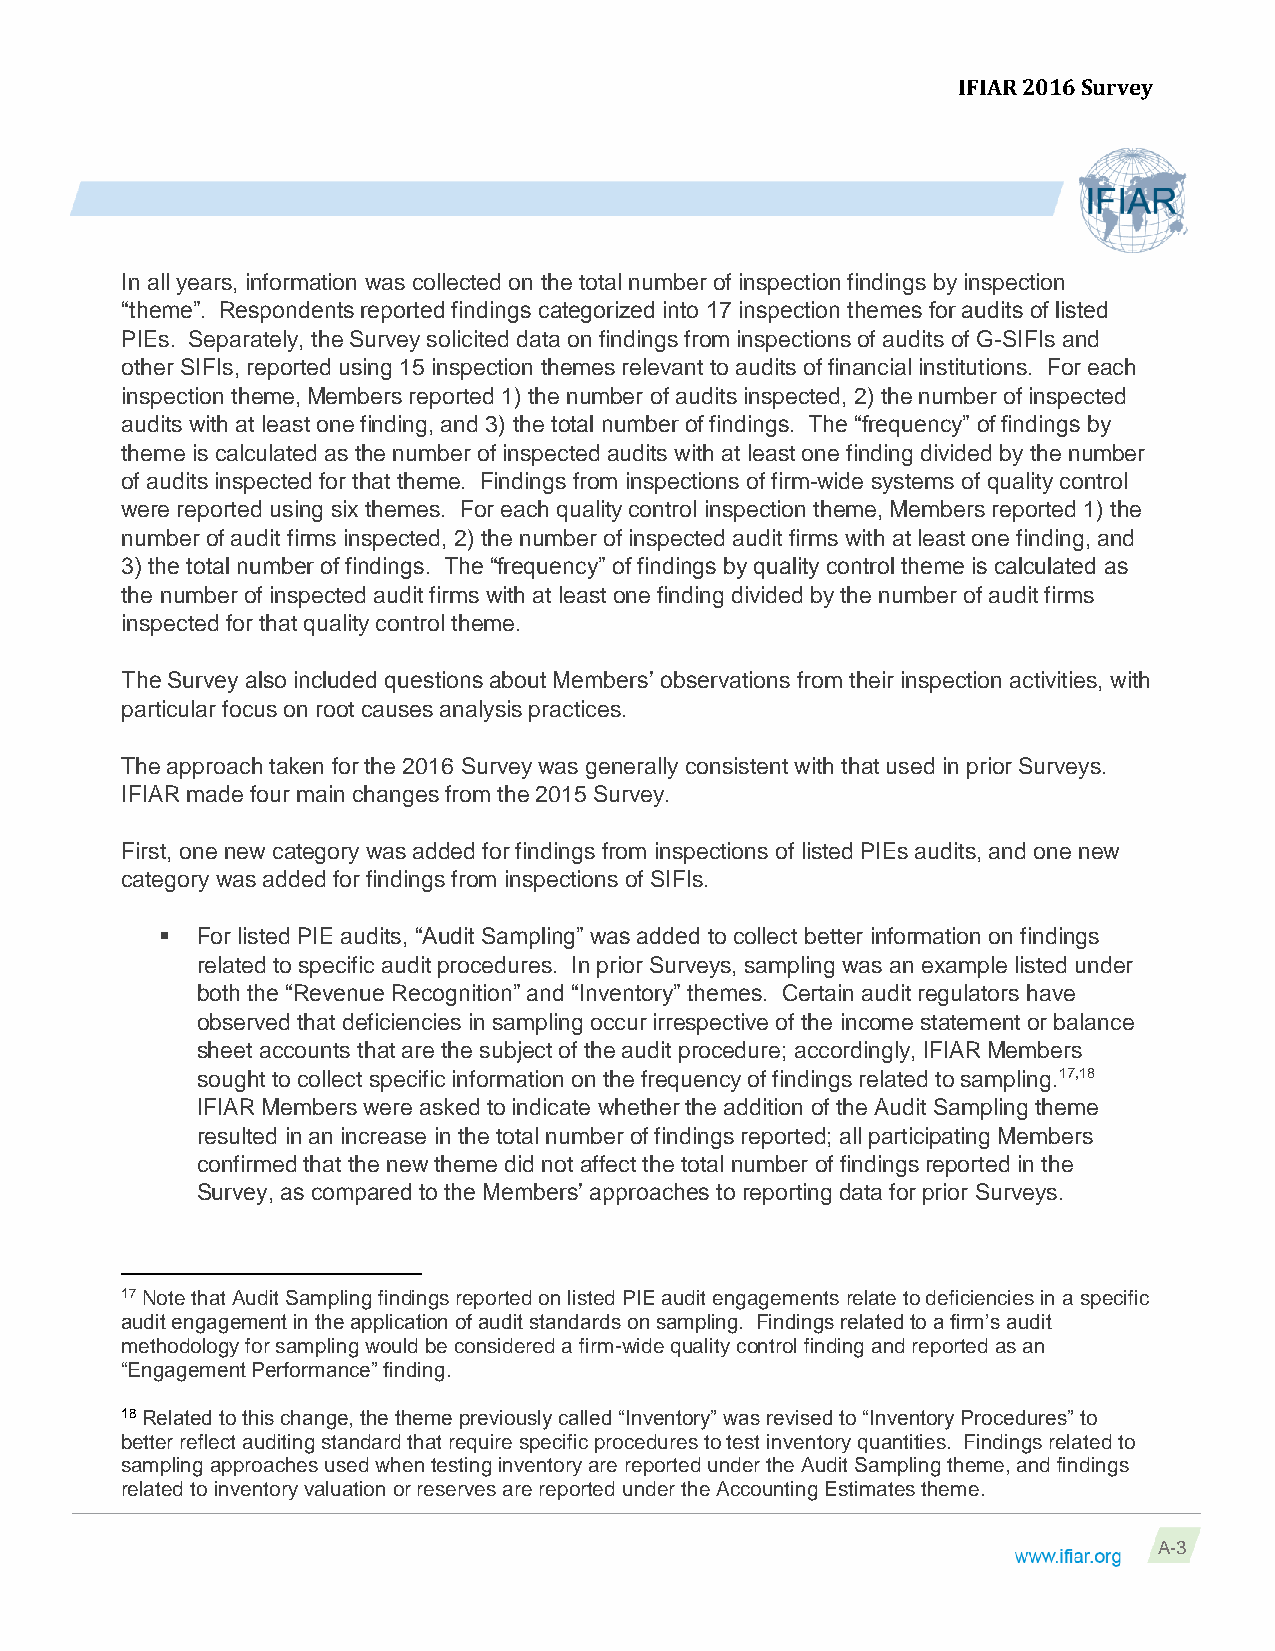
IFIAR 2016 Survey
 In all years, information was collected on the total number of inspection findings by inspection
 “theme”. Respondents reported findings categorized into 17 inspection themes for audits of listed
 PIEs. Separately, the Survey solicited data on findings from inspections of audits of G-SIFIs and
 other SIFIs, reported using 15 inspection themes relevant to audits of financial institutions. For each
 inspection theme, Members reported 1) the number of audits inspected, 2) the number of inspected
 audits with at least one finding, and 3) the total number of findings. The “frequency” of findings by
 theme is calculated as the number of inspected audits with at least one finding divided by the number
 of audits inspected for that theme. Findings from inspections of firm-wide systems of quality control
 were reported using six themes. For each quality control inspection theme, Members reported 1) the
 number of audit firms inspected, 2) the number of inspected audit firms with at least one finding, and
 3) the total number of findings. The “frequency” of findings by quality control theme is calculated as
 the number of inspected audit firms with at least one finding divided by the number of audit firms
 inspected for that quality control theme.
 The Survey also included questions about Members’ observations from their inspection activities, with
 particular focus on root causes analysis practices.
 The approach taken for the 2016 Survey was generally consistent with that used in prior Surveys.
 IFIAR made four main changes from the 2015 Survey.
 First, one new category was added for findings from inspections of listed PIEs audits, and one new
 category was added for findings from inspections of SIFIs.
  For listed PIE audits, “Audit Sampling” was added to collect better information on findings
 related to specific audit procedures. In prior Surveys, sampling was an example listed under
 both the “Revenue Recognition” and “Inventory” themes. Certain audit regulators have
 observed that deficiencies in sampling occur irrespective of the income statement or balance
 sheet accounts that are the subject of the audit procedure; accordingly, IFIAR Members
 sought to collect specific information on the frequency of findings related to sampling.17,18
 IFIAR Members were asked to indicate whether the addition of the Audit Sampling theme
 resulted in an increase in the total number of findings reported; all participating Members
 confirmed that the new theme did not affect the total number of findings reported in the
 Survey, as compared to the Members’ approaches to reporting data for prior Surveys.
 17 Note that Audit Sampling findings reported on listed PIE audit engagements relate to deficiencies in a specific
 audit engagement in the application of audit standards on sampling. Findings related to a firm’s audit
 methodology for sampling would be considered a firm-wide quality control finding and reported as an
 “Engagement Performance” finding.
 18 Related to this change, the theme previously called “Inventory” was revised to “Inventory Procedures” to
 better reflect auditing standard that require specific procedures to test inventory quantities. Findings related to
 sampling approaches used when testing inventory are reported under the Audit Sampling theme, and findings
 related to inventory valuation or reserves are reported under the Accounting Estimates theme.
 A-3